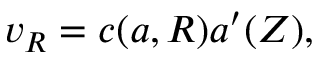
\begin{array} { r } { v _ { R } = c ( { a } , R ) { a } ^ { \prime } ( Z ) , } \end{array}